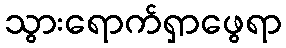
သွားရောက်ရှာဖွေရာ